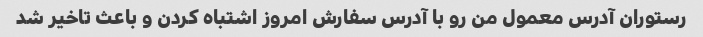
رستوران آدرس معمول من رو با آدرس سفارش امروز اشتباه کردن و باعث تاخیر شد